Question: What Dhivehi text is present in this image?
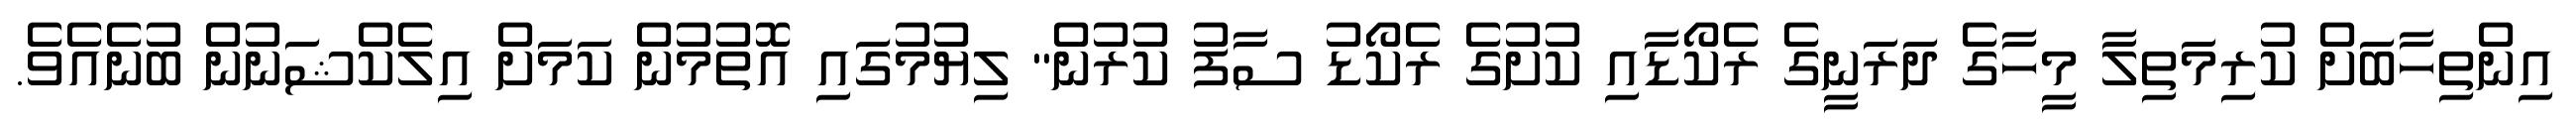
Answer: އިންތިހާބަށް ކުރިމަތިލާ މީހާގެ ދަރަނީގެ ރެކޯޑާއި ކުށުގެ ރެކޯޑު ސާފު ކުރުން" ލިޔުމުގައި އޮތުމުން ކަމަށް އިލެކްޝަނުން ބުނެއެވެ.